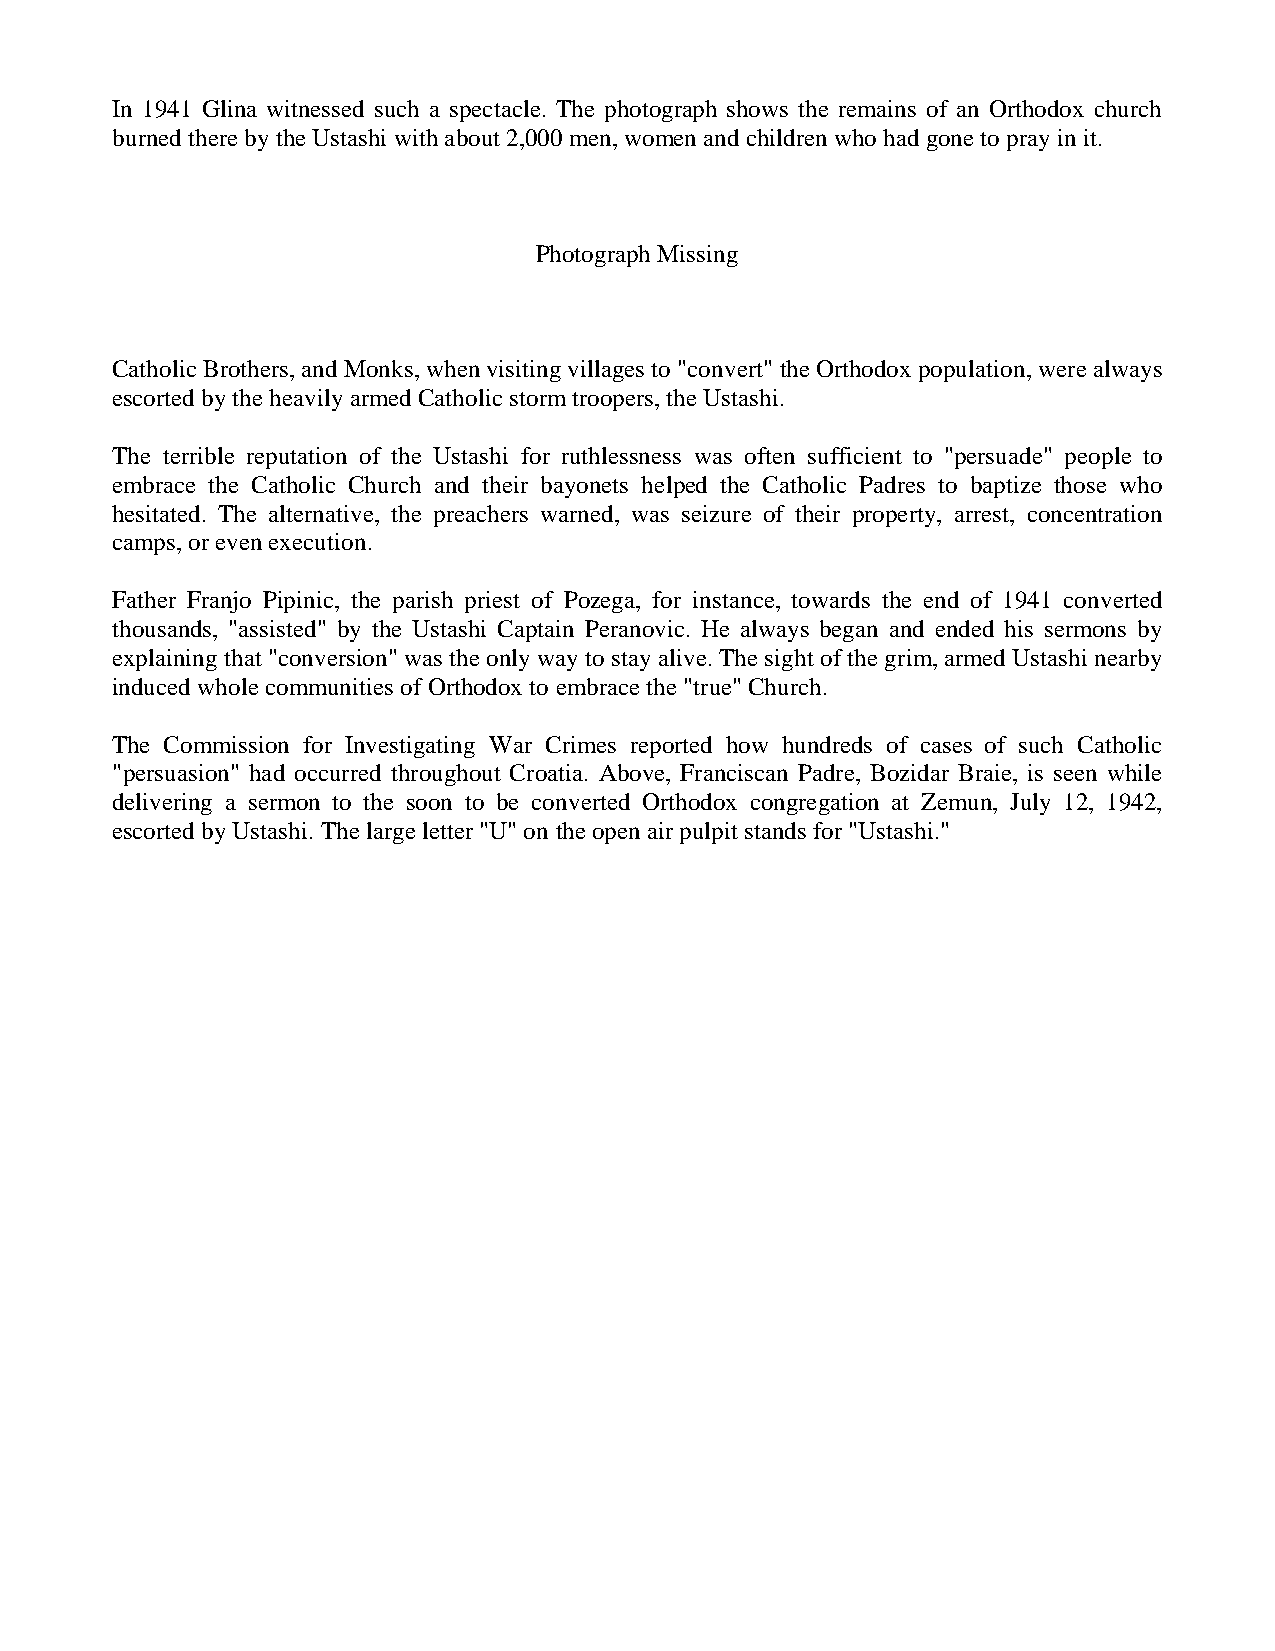
In 1941 Glina witnessed such a spectacle. The photograph shows the remains of an Orthodox church
 burned there by the Ustashi with about 2,000 men, women and children who had gone to pray in it.
 Photograph Missing
 Catholic Brothers, and Monks, when visiting villages to "convert" the Orthodox population, were always
 escorted by the heavily armed Catholic storm troopers, the Ustashi.
 The terrible reputation of the Ustashi for ruthlessness was often sufficient to "persuade" people to
 embrace the Catholic Church and their bayonets helped the Catholic Padres to baptize those who
 hesitated. The alternative, the preachers warned, was seizure of their property, arrest, concentration
 camps, or even execution.
 Father Franjo Pipinic, the parish priest of Pozega, for instance, towards the end of 1941 converted
 thousands, "assisted" by the Ustashi Captain Peranovic. He always began and ended his sermons by
 explaining that "conversion" was the only way to stay alive. The sight of the grim, armed Ustashi nearby
 induced whole communities of Orthodox to embrace the "true" Church.
 The Commission for Investigating War Crimes reported how hundreds of cases of such Catholic
 "persuasion" had occurred throughout Croatia. Above, Franciscan Padre, Bozidar Braie, is seen while
 delivering a sermon to the soon to be converted Orthodox congregation at Zemun, July 12, 1942,
 escorted by Ustashi. The large letter "U" on the open air pulpit stands for "Ustashi."